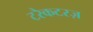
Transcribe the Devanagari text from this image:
टरैकटरज़